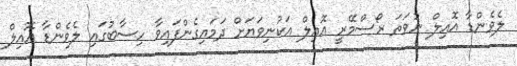
ލެވެންޑާ އޮއިލް ނުވަތަ ރޯސްމޭރީ އޮއިލް އަކުނިވަޔަށް ދަމައިގެންފައިވާ ހިސާބުގައި ލެވެންޑާ އޮއިލް